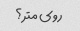
روی متر؟